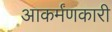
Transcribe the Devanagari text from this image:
आकर्मंणकारी